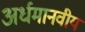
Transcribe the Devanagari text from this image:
अर्धमानवीय